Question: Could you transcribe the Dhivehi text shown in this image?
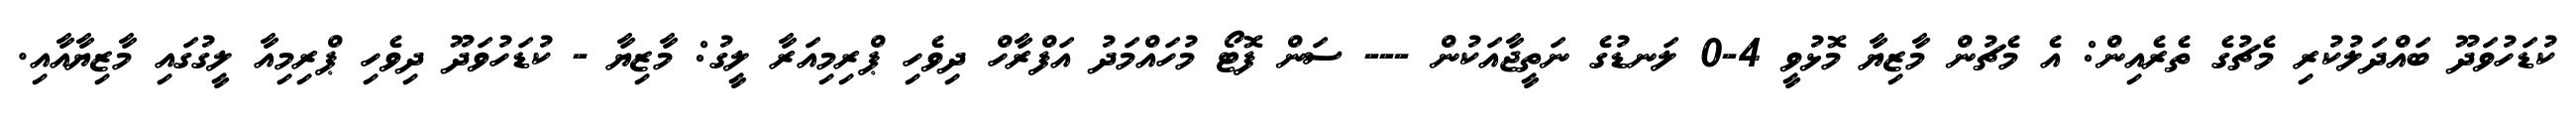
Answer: ކުޑަހުވަދޫ ބައްދަލުކުރި މެޗުގެ ތެރެއިން: އެ މެޗުން މާޒިޔާ މޮޅުވީ 4-0 ލަނޑުގެ ނަތީޖާއަކުން --- ސަން ފޮޓޯ މުހައްމަދު އަފްރާހް ދިވެހި ޕްރިމިއަރާ ލީގު: މާޒިޔާ - ކުޑަހުވަދޫ ދިވެހި ޕްރިމިއާ ލީގުގައި މާޒިޔާއާއި.